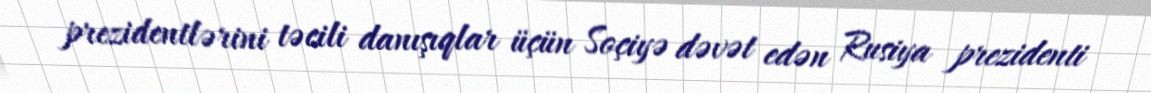
prezidentlərini təcili danışıqlar üçün Soçiyə dəvət edən Rusiya prezidenti